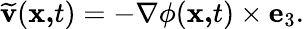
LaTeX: \widetilde{\mathbf{v}}(\mathbf{x,}t)=-\mathbf{\nabla}\phi(\mathbf{x,}t)\times\mathbf{e}_{3}.